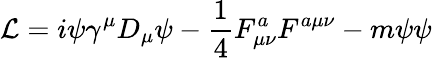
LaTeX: \mathcal{L}=i{\psi}\gamma^{\mu}D_{\mu}\psi-\frac{1}{4}F_{\mu\nu}^{a}F^{a\mu\nu}-m{\psi}\psi